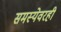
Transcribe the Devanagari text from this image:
समस्येवरही